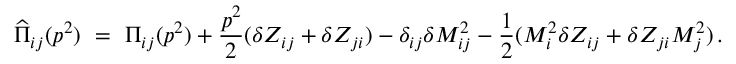
\widehat { \Pi } _ { i j } ( p ^ { 2 } ) \ = \ \Pi _ { i j } ( p ^ { 2 } ) + \frac { p ^ { 2 } } { 2 } ( \delta Z _ { i j } + \delta Z _ { j i } ) - \delta _ { i j } \delta M _ { i j } ^ { 2 } - \frac { 1 } { 2 } ( M _ { i } ^ { 2 } \delta Z _ { i j } + \delta Z _ { j i } M _ { j } ^ { 2 } ) \, .